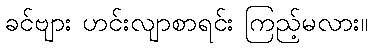
ခင်ဗျား ဟင်းလျာစာရင်း ကြည့်မလား။